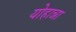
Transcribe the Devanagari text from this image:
योहान्ना